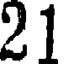
21